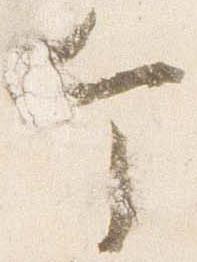
个